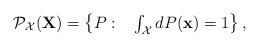
LaTeX: \begin{align*}\begin{array}{l}\mathcal{P}_{\mathcal{X}}(\mathbf{X})=\left\{P: ~~\int_{\mathcal{X}} dP(\mathbf{x})=1\right\}, \end{array}\end{align*}